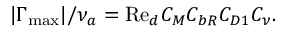
\lvert \Gamma _ { \mathrm { m a x } } \rvert / \nu _ { a } = \mathrm { R e } _ { d } C _ { M } C _ { b R } C _ { D 1 } C _ { \nu } .